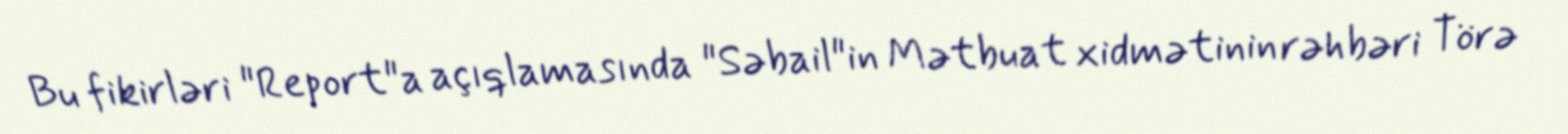
Bu fikirləri "Report"a açıqlamasında "Səbail"in Mətbuat xidmətinin rəhbəri Törə